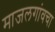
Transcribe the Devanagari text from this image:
माजलगांवचा